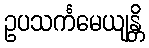
ဥပသင်္ကမေယျန္တိ